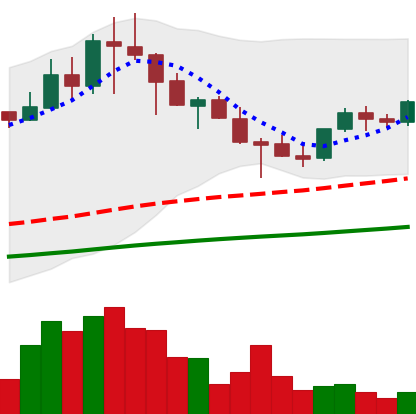
Ticker: TRX-USD
Chart end date: 2021-04-30
Forward return: 10.682%
Label: up_7plus